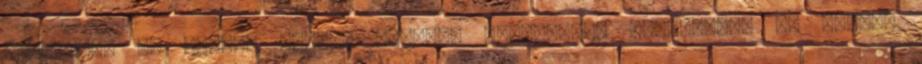
Egyetemet az ICOMOS Magyar Nemzeti Bizottsága júniusban. Az ICOMOS